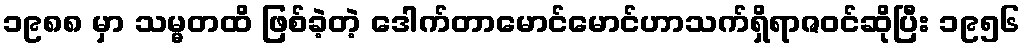
၁၉၈၈ မှာ သမ္မတထိ ဖြစ်ခဲ့တဲ့ ဒေါက်တာမောင်မောင်ဟာသက်ရှိရာဇဝင်ဆိုပြီး ၁၉၅၆